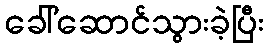
ခေါ်ဆောင်သွားခဲ့ပြီး